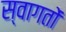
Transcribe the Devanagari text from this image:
स्वागतों